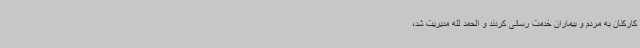
کارکنان به مردم و بیماران خدمت رسانی کردند و الحمد لله مدیریت شد،